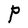
Character: P